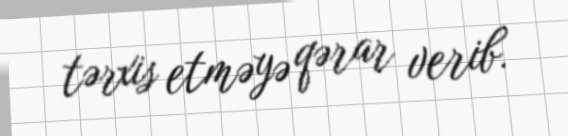
tərxis etməyə qərar verib.